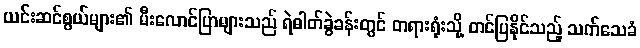
ယင်းဆင်စွယ်များ၏ မီးလောင်ပြာများသည် ရဲဓါတ်ခွဲခန်းတွင် တရားရုံးသို့ တင်ပြနိုင်သည့် သက်သေခံ